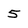
Character: 5